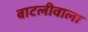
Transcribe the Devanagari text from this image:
बाटलीवाला